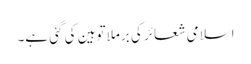
اسلامی شعائر کی برملا توہین کی گئی ہے۔